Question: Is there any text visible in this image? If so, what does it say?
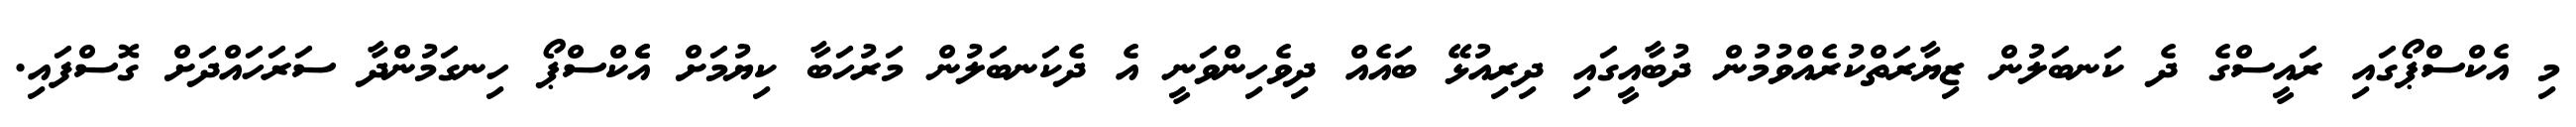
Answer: މި އެކްސްޕޯގައި ރައީސްގެ ދެ ކަނބަލުން ޒިޔާރަތްކުރެއްވުމުން ދުބާއީގައި ދިރިއުޅޭ ބައެއް ދިވެހިންވަނީ އެ ދެކަނބަލުން މަރުހަބާ ކިޔުމަށް އެެކްސްޕޯ ހިނގަމުންދާ ސަރަހައްދަށް ގޮސްފައި.